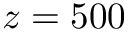
z = 5 0 0